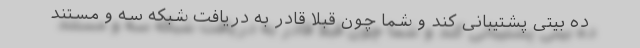
ده بیتی پشتیبانی کند و شما چون قبلا قادر به دریافت شبکه سه و مستند